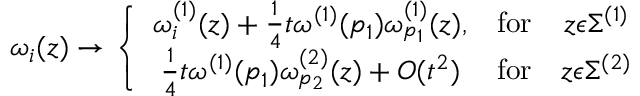
\omega _ { i } ( z ) \to \left\{ \begin{array} { c c c } { { \omega _ { i } ^ { ( 1 ) } ( z ) + \frac { 1 } { 4 } t \omega ^ { ( 1 ) } ( p _ { 1 } ) \omega _ { p _ { 1 } } ^ { ( 1 ) } ( z ) , } } & { { \mathrm { f o r } } } & { { z \epsilon \Sigma ^ { ( 1 ) } } } \\ { { \frac { 1 } { 4 } t \omega ^ { ( 1 ) } ( p _ { 1 } ) \omega _ { p _ { 2 } } ^ { ( 2 ) } ( z ) + O ( t ^ { 2 } ) } } & { { \mathrm { f o r } } } & { { z \epsilon \Sigma ^ { ( 2 ) } } } \end{array} \right.